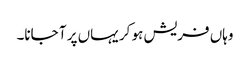
وہاں فریش ہو کر یہاں پر آ جانا۔